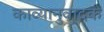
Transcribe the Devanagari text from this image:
काव्यानुवादक